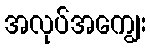
အလုပ်အကျွေး